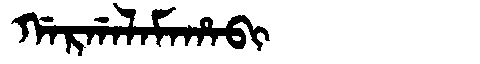
Manchu: ᡤᠠᡵᡤᠠᠯᠠᠮᠠᡥᠠᠪᡳ
Romanization: GARGALAMAHABI